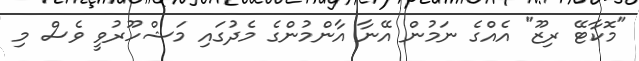
"މޮކާޓޭ ރިޒޫ" އެއްގެ ނަމުން އޭނާ އާންމުންގެ މެދުގައި މަޝްހޫރުވީ ވެސް މި